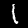
Label: 1